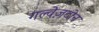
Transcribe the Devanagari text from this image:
गल्वेज़टोन